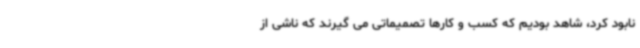
نابود کرد، شاهد بودیم که کسب و کارها تصمیماتی می گیرند که ناشی از